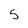
Character: 5